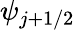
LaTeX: \psi_{j+1/2}